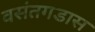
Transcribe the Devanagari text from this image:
वसंतगडास